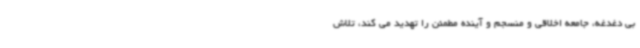
بی دغدغه، جامعه اخلاقی و منسجم و آینده مطمئن را تهدید می کند، تلاش